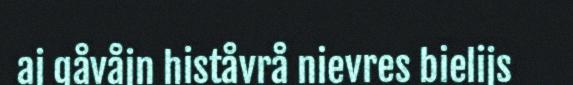
aj gåvåjn histåvrå nievres bielijs